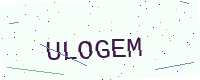
Text: ULOGEM